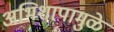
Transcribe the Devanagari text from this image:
अभिशापामुळे